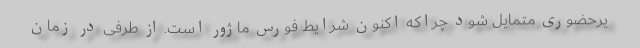
یرحضوری متمایل شود چراکه اکنون شرایط فورس ماژور است. از طرفی در زمان